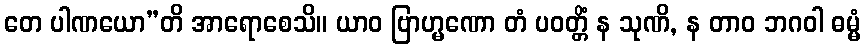
တေ ပါဏယော”တိ အာရောစေသိ။ ယာဝ ဗြာဟ္မဏော တံ ပဝတ္တိံ န သုဏိ, န တာဝ ဘဂဝါ ဓမ္မံ